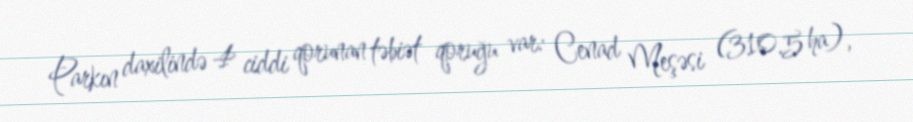
Parkın daxilində 4 ciddi qorunan təbiət qoruğu var: Cenad Meşəsi (310.5 ha),